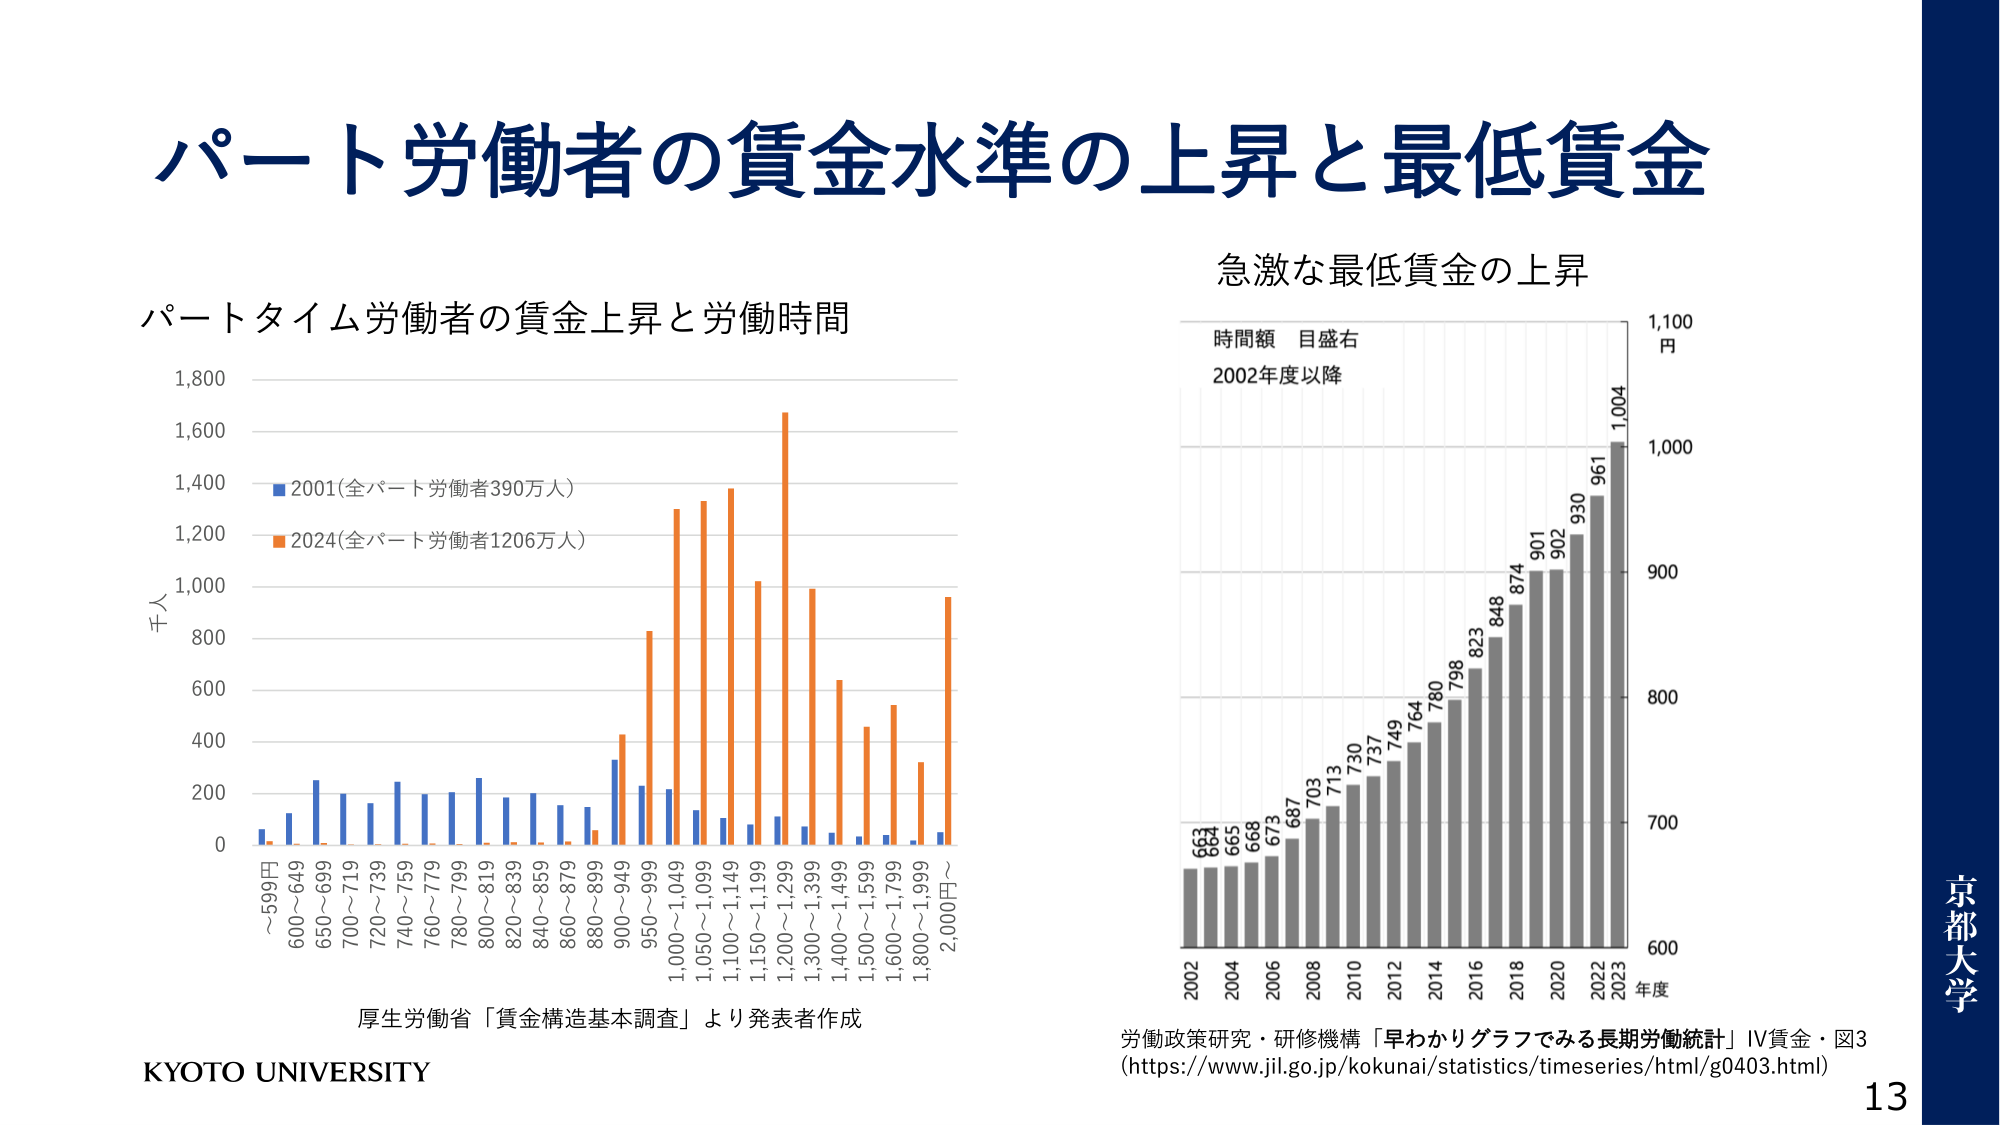
パート労働者の賃金水準の上昇と最低賃金

パートタイム労働者の賃金上昇と労働時間

千人
1,800
1,600
1,400
1,200
1,000
800
600
400
200
0

～599円
600～649
650～699
700～719
720～739
740～759
760～779
780～799
800～819
820～839
840～859
860～879
880～899
900～949
950～999
1,000～1,049
1,050～1,099
1,100～1,149
1,150～1,199
1,200～1,299
1,300～1,399
1,400～1,499
1,500～1,599
1,600～1,799
1,800～1,999
2,000円～

■2001(全パート労働者390万人)
■2024(全パート労働者1206万人)

厚生労働省「賃金構造基本調査」より発表者作成

KYOTO UNIVERSITY

急激な最低賃金の上昇

時間額 目盛右
2002年度以降

円
1,100
1,000
900
800
700
600

年度
2002 664
2004 665
2006 668
2008 673
2010 687
2012 703
2014 713
2016 730
2018 737
2020 749
2022 764
2023 780
798
823
848
874
901
902
930
961
1,004

労働政策研究・研修機構「早わかりグラフでみる長期労働統計」Ⅳ賃金・図3
(https://www.jil.go.jp/kokunai/statistics/timeseries/html/g0403.html)

京都大学
13